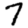
Digit: 7